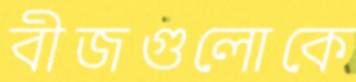
বীজগুলোকে